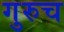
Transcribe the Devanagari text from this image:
गुरुच